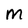
Character: M